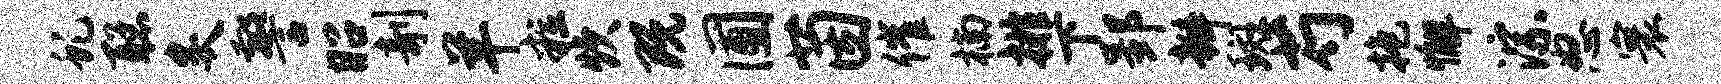
虬聪炙警昭剞羊粒炊既圃茵催楠排下郢瓣斑芍抱懈淙怒寰